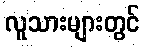
လူသားများတွင်